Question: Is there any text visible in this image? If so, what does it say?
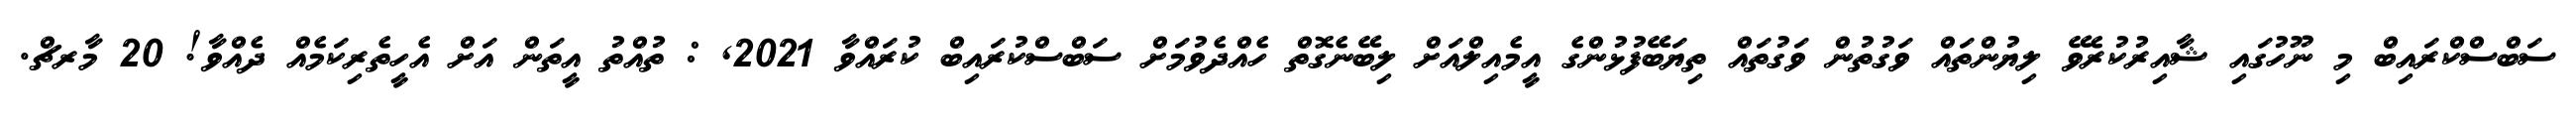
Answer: ސަބްސްކްރައިބް މި ނޫހުގައި ޝާއިރުކުރެވޭ ލިޔުންތައް ވަގުތުން ވަގުތައް ތިޔަބޭފުޅުންގެ އީމެއިލްއަށް ލިބޭނެގޮތް ހެއްދެވުމަށް ސަބްސްކުރައިބް ކުރައްވާ 2021, : ތުއްތު އީތަން އަށް އެހީތެރިކަމެއް ދެއްވާ! 20 މާރޗް.